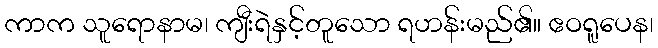
ကာက သူရောနာမ၊ ကျီးရဲနှင့်တူသော ရဟန်းမည်၏။ ဧဝရူပေန၊